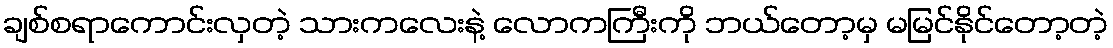
ချစ်စရာကောင်းလှတဲ့ သားကလေးနဲ့ လောကကြီးကို ဘယ်တော့မှ မမြင်နိုင်တော့တဲ့